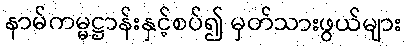
နာမ်ကမ္မဋ္ဌာန်းနှင့်စပ်၍ မှတ်သားဖွယ်များ